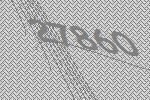
27860